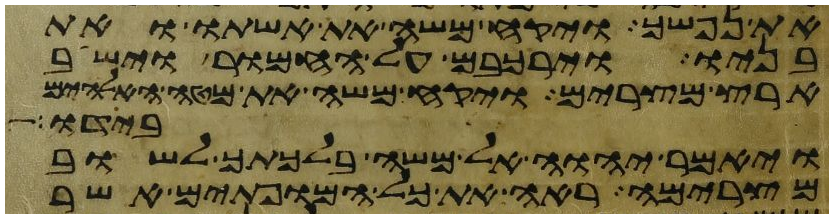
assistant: את נפשך ויקח משה את אשתו ואת
בניו וירכבם על החמור וישב
ארץ מצרים ויקח משה את מטה האלהים
בידו
ויאמר יהוה אל משה בלכתך לשוב
מצרימה ראה את כל המופתים אשר